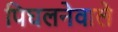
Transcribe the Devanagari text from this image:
पिघलनेवाले